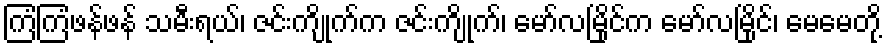
ကြံကြံဖန်ဖန် သမီးရယ်၊ ဇင်းကျိုက်က ဇင်းကျိုက်၊ မော်လမြိုင်က မော်လမြိုင်၊ မေမေတို့